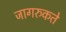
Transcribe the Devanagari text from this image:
जागरुकते